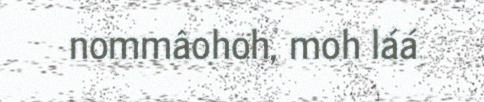
nommâohoh, moh láá